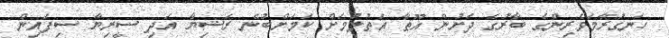
ހަނގުރާމަވެރިންގެ ބާރުގެ ދަށުން ޣޫޠާ އަތުލުމަށް ކަމަށްބުނެ ރަޝިޔާ އަދި ސީރިޔާ ސިފައިން